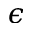
\epsilon